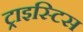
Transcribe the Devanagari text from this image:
ट्राइस्टिस